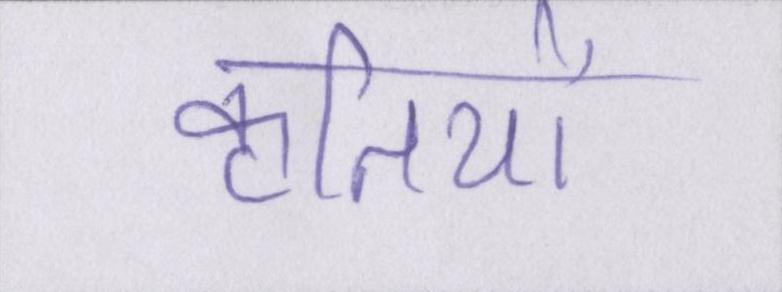
कृतियों